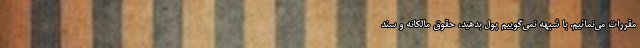
مقررات می‌نمائیم. با شبهه نمی‌گوییم پول بدهید، حقوق مالکانه و سند